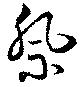
祭